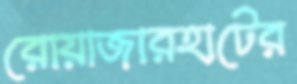
রোয়াজারহাটের